Insane asylums in Bengal annual reports 1867-1875 - 1867-1875
Year: 1867
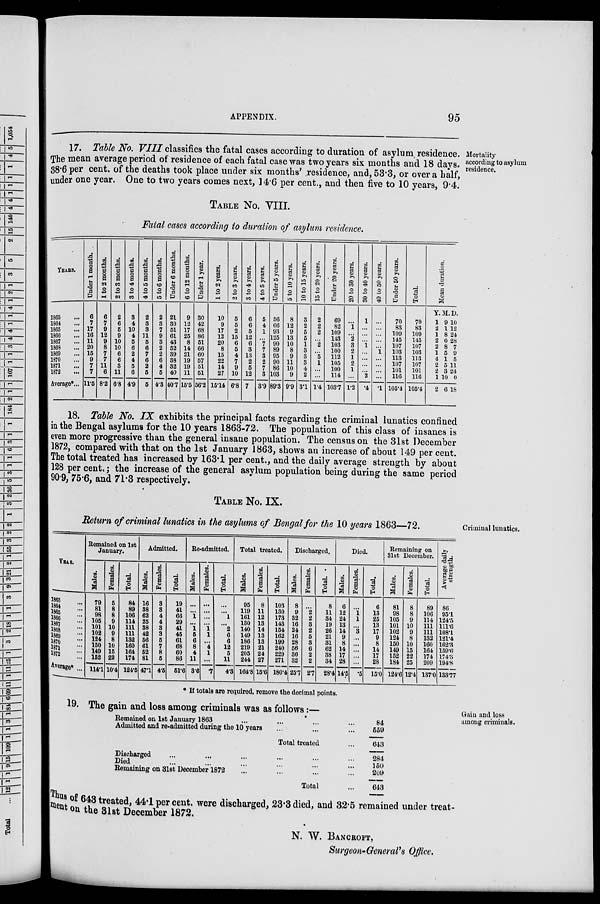
APPENDIX.
95
Mortality
according to asylum
residence.
17. Table No. VIII classifies the fatal cases according to duration of asylum residence.
The mean average period of residence of each fatal case was two years six months and 18 days.
38.6 per cent. of the deaths took place under six months' residence, and, 53.3, or over a half,
under one year. One to two years comes next, 14.6 per cent., and then five to 10 years, 9.4.
TABLE No. VIII.
Fatal cases according to duration of asylum residence.
YEARS.
1863 ...
1864 ...
1865 ...
1866 ...
1867 ...
1868 ...
1869 ...
1870 ...
1871 ...
1872 ...
Average*...
Under 1 month.
6
7
17
16
11
20
15
9
7
7
11.5
1 to 2 months.
6
7
9
12
9
8
7
7
11
6
8.2
2 to 3 months.
2
6
5
9
10
10
6
6
3
11
6.8
3 to 4 months.
3
4
10
4
5
6
2
4
5
6
4.9
4 to 5 months.
2
3
3
11
5
6
7
6
2
5
5
5 to 6 months.
2
3
7
9
3
2
2
6
4
5
4.3
Under 6 months.
21
30
51
61
43
52
39
38
32
40
40.7
6 to 12 months.
9
12
17
25
8
14
21
19
19
11
15.5
Under 1 year.
30
42
68
86
51
66
60
57
51
51
56.2
1 to 2 years.
10
9
17
12
20
8
15
22
14
27
15.14
2 to 3 years.
5
5
2
15
6
5
4
7
9
10
6.8
3 to 4 years.
6
6
5
12
6
3
13
2
5
12
7
4 to 5 years.
5
4
1
...
7
7
3
2
7
3
3.9
Under 5 years.
56
66
93
125
90
89
95
90
86
103
89.3
5 to 10 years.
8
12
9
13
10
8
9
11
10
9
9.9
10 to 15 years.
3
2
5
5
1
3
3
3
4
2
3.1
15 to 20 years.
2
2
2
...
2
...
5
1
...
...
1.4
Under 20 years.
69
82
109
143
103
100
112
105
100
114
103.7
20 to 30 years.
...
1
...
2
3
2
1
2
1
...
1.2
30 to 40 years.
1
...
...
...
1
...
...
...
...
2
.4
40 to 50 years.
...
...
...
...
...
1
...
...
...
...
.1
Under 50 years.
70
83
109
145
107
103
113
107
101
116
105.4
Total.
70
83
109
145
107
103
113
107
101
116
105.4
Me a n duration.
Y.
1
2
1
2
2
1
4
2
2
1
2
M.
9
1
8
0
8
5
1
5
3
10
6
D.
10
12
24
28
7
9
5
11
24
0
18
18. Table No. IX exhibits the principal facts regarding the criminal lunatics confined
in the Bengal asylums for the 10 years 1863-72. The population of this class of insanes is
even more progressive than the general insane population. The census on the 31st December
1872, compared with that on the 1st January 1863, shows an increase of about 149 per cent.
The total treated has increased by 163.1 per cent., and the daily average strength by about
128 per cent.; the increase of the general asylum population being during the same period
90.9, 75.6, and 71.3 respectively.
TABLE No. IX.
Return of criminal lunatics in the asylums of Bengal for the 10 years 1863—72.
Criminal lunatics.
YHAS.
1863 ...
1864 ...
1865 ...
1866 ...
1867 ...
1868 ...
1869 ...
1870 ...
1871 ...
1872 ...
Average* ...
Remained on 1st
January.
Males.
79
81
98
105
101
102
124
150
149
152
114.1
Females.
5
8
8
9
10
9
8
10
15
22
10.4
Total.
84
89
106
114
111
111
132
160
164
174
124.5
Admitted.
Males.
16
38
62
25
38
42
56
61
52
81
47.1
Females.
3
3
4
4
3
3
5
7
8
5
4.5
Total.
19
41
66
29
41
45
61
68
60
86
51.6
Re-admitted.
Males.
...
...
1
...
1
5
6
8
4
11
3.6
Females.
...
...
...
...
1
1
...
4
1
...
.7
Total.
...
...
1
...
2
6
6
12
5
11
4.3
Total treated.
Males.
95
119
161
130
140
149
186
219
205
244
164.8
Females.
8
11
12
13
14
13
13
21
24
27
15.6
Total.
103
130
173
143
154
162
199
240
229
271
180.4
Discharged.
Males.
8
9
32
16
24
16
28
56
36
32
25.7
Females.
...
2
2
3
2
5
3
6
2
2
2.7
Total.
8
11
34
19
26
21
31
62
38
34
28.4
Died.
Males.
6
12
24
13
14
9
8
14
17
28
14.5
Females.
...
1
1
...
3
...
...
...
...
...
.5
Total.
6
13
25
13
17
9
8
14
17
28
15.0
Remaining on
31st December.
Males.
81
98
105
101
102
124
150
149
152
184
124.6
Females.
8
8
9
10
9
8
10
15
22
25
12.4
Total.
89
106
114
111
111
132
160
164
174
209
137.0
Average daily
strength.
86
95.1
124.5
111.6
108.1
121.4
162.3
159.6
174.3
194.8
133.77
* If totals are required, remove the decimal points.
Gain and loss
among criminals.
19. The gain and loss among criminals was as follows:—
Remained on 1st January 1863 ... ... ... ...
Admitted and re-admitted during the 10 years ... ... ...
Total treated ...
Discharged ... ... ... ... ... ...
Died ... ... ... ... ... ...
Remaining on 31st December 1872 ... ... ... ...
Total ...
84
559
643
284
150
209
643
Thus of 643 treated, 44.1 per cent. were discharged, 23.3 died, and 32.5 remained under treat-
ment on the 31st December 1872.
N. W. BANCROFT,
Surgeon-General's Office.